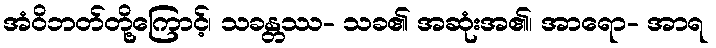
အံဝိဘတ်တို့ကြောင့်၊ သခန္တဿ- သခ၏ အဆုံးအ၏၊ အာရော- အာရ